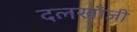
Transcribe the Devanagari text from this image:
दलखाँजी